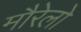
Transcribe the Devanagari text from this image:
मौरेलो